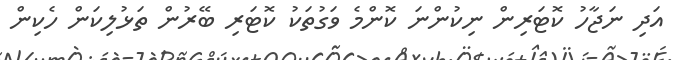
އަދި ނަޖާހު ކޮޓަރިން ނިކުންނަ ކޮންމެ ވަގުތަކު ކޮޓަރި ބޭރުން ތަޅުލިކަން ހެކިން